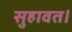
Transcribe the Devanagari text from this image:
सुहावत।